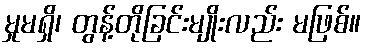
မှုမရှိ၊ တွန့်တိုခြင်းမျိုးလည်း မဖြစ်။